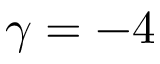
\gamma = - 4